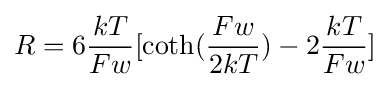
R=6{\frac {kT}{Fw}}[\coth({\frac {Fw}{2kT}})-2{\frac {kT}{Fw}}]